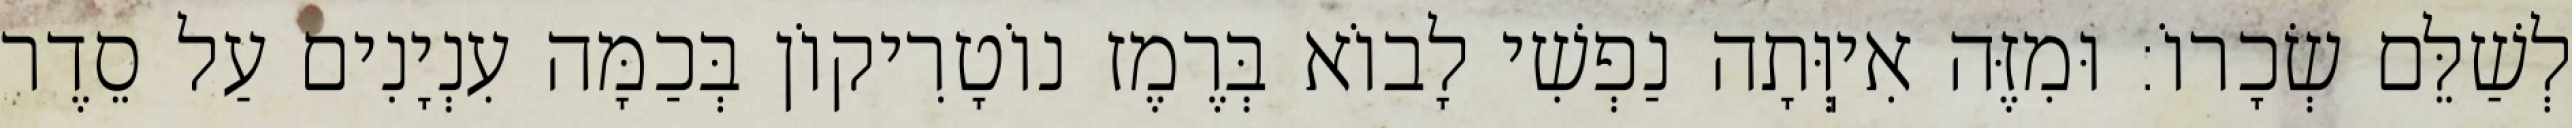
לְשַׁלֵּם שְׂכָרוֹ: וּמִזֶּה אִיֽוְּתָה נַפְשִׁי לָבוֹא בְּרֶמֶז נוֹטָרִיקוֹן בְּכַמָּה עִנְיָנִים עַל סֵדֶר